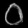
Digit: ၀